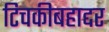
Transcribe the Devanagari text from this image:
टिचकीबहाद्दर